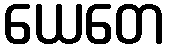
ယေတေ